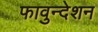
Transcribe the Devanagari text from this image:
फावुन्देशन